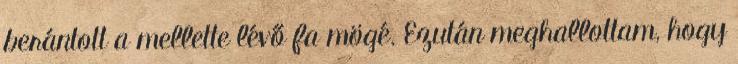
berántott a mellette lévő fa mögé. Ezután meghallottam, hogy